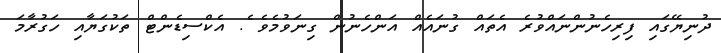
ދުނިޔޭގައި ފިރިހެނުންނައްވުރެ އެތައް ގުނައެއް އަންހެނުން ގިނަވުމެވެ ެެެެެެެެެެެެެެެެެެެެެެެެެެެެެެެެެެެެެެެެެެެެެެެެެެެެެެެެެެެެެެެެެެެެެެެެ. އެކްސިޑެންޓް ތަކުގަޔާއި ހަގުރާމަ